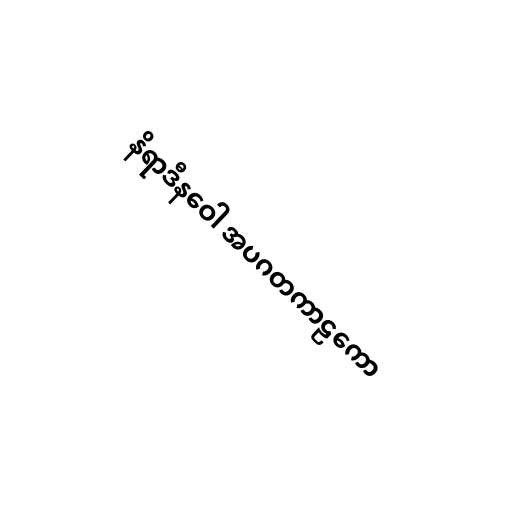
နိရာဒီနဝေါ အပဂတကာဠကော